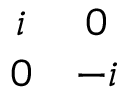
\begin{array} { c c } { { i } } & { { 0 } } \\ { { 0 } } & { { - i } } \end{array}